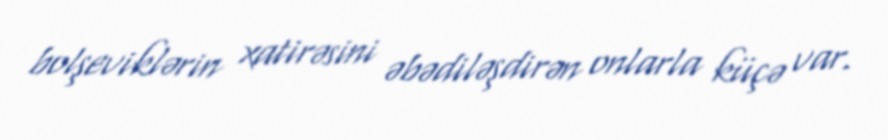
bolşeviklərin xatirəsini əbədiləşdirən onlarla küçə var.